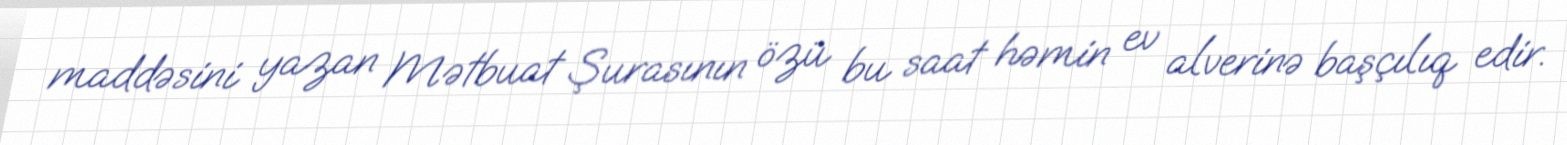
maddəsini yazan Mətbuat Şurasının özü bu saat həmin ev alverinə başçılıq edir.